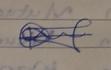
Signature authenticity: genuine